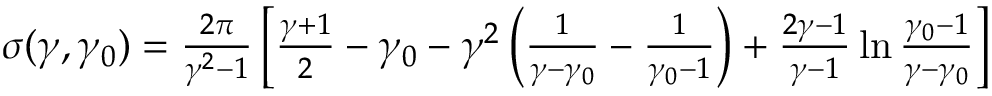
\begin{array} { r } { \sigma ( \gamma , \gamma _ { 0 } ) = \frac { 2 \pi } { \gamma ^ { 2 } - 1 } \left[ \frac { \gamma + 1 } 2 - \gamma _ { 0 } - \gamma ^ { 2 } \left( \frac { 1 } { \gamma - \gamma _ { 0 } } - \frac 1 { \gamma _ { 0 } - 1 } \right) + \frac { 2 \gamma - 1 } { \gamma - 1 } \ln \frac { \gamma _ { 0 } - 1 } { \gamma - \gamma _ { 0 } } \right] } \end{array}